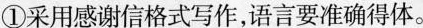
①采用感谢信格式写作，语言要准确得体。